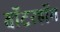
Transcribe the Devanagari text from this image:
वॉटरहॉग